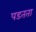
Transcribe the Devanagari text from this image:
पडतता